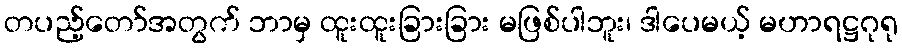
တပည့်တော်အတွက် ဘာမှ ထူးထူးခြားခြား မဖြစ်ပါဘူး၊ ဒါပေမယ့် မဟာရဋ္ဌဂုရု